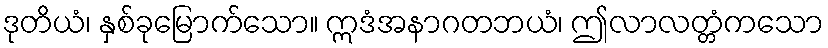
ဒုတိယံ၊ နှစ်ခုမြောက်သော။ ဣဒံအနာဂတဘယံ၊ ဤလာလတ္တံကသော